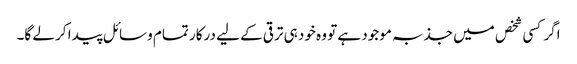
اگر کسی شخص میں جذبہ موجود ہے تو وہ خود ہی ترقی کے لیے درکار تمام وسائل پیدا کر لے گا۔